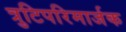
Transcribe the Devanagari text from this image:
त्रुटिपरिमार्जक